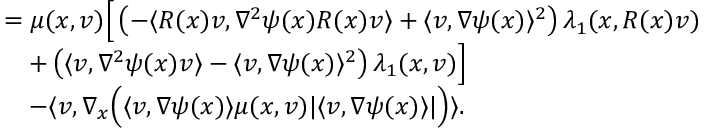
\begin{array} { r l } & { = \mu ( x , v ) \Big [ \left( - \langle R ( x ) v , \nabla ^ { 2 } \psi ( x ) R ( x ) v \rangle + \langle v , \nabla \psi ( x ) \rangle ^ { 2 } \right) \lambda _ { 1 } ( x , R ( x ) v ) } \\ & { \quad + \left( \langle v , \nabla ^ { 2 } \psi ( x ) v \rangle - \langle v , \nabla \psi ( x ) \rangle ^ { 2 } \right) \lambda _ { 1 } ( x , v ) \Big ] } \\ & { \quad - \langle v , \nabla _ { x } \Big ( \langle v , \nabla \psi ( x ) \rangle \mu ( x , v ) \lvert \langle v , \nabla \psi ( x ) \rangle \rvert \Big ) \rangle . } \end{array}